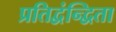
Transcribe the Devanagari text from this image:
प्रतिद्वंन्द्विता